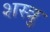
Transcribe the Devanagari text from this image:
शस्त्रु